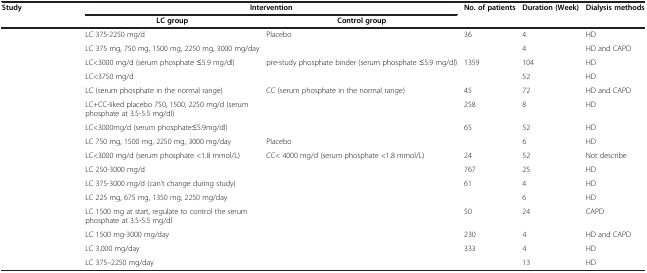
<table><thead><tr><td><b>Study</b></td><td colspan="2"><b>Intervention</b></td><td><b>No. of patients</b></td><td><b>Duration (Week)</b></td><td><b>Dialysis methods</b></td></tr><tr><td>[EMPTY_CELL]</td><td><b>LC group</b></td><td><b>Control group</b></td><td>[EMPTY_CELL]</td><td>[EMPTY_CELL]</td><td>[EMPTY_CELL]</td></tr></thead><tbody><tr><td>[EMPTY_CELL]</td><td>LC 375-2250 mg/d</td><td>Placebo</td><td>36</td><td>4</td><td>HD</td></tr><tr><td>[EMPTY_CELL]</td><td>LC 375 mg, 750 mg, 1500 mg, 2250 mg, 3000 mg/day</td><td>[EMPTY_CELL]</td><td>[EMPTY_CELL]</td><td>4</td><td>HD and CAPD</td></tr><tr><td>[EMPTY_CELL]</td><td>LC&lt;3000 mg/d (serum phosphate ≤5.9 mg/dl)</td><td>pre-study phosphate binder (serum phosphate ≤5.9 mg/dl)</td><td>1359</td><td>104</td><td>HD</td></tr><tr><td>[EMPTY_CELL]</td><td>LC&lt;3750 mg/d</td><td>[EMPTY_CELL]</td><td>[EMPTY_CELL]</td><td>52</td><td>HD</td></tr><tr><td>[EMPTY_CELL]</td><td>LC (serum phosphate in the normal range)</td><td>CC (serum phosphate in the normal range)</td><td>45</td><td>72</td><td>HD and CAPD</td></tr><tr><td>[EMPTY_CELL]</td><td>LC+CC-liked placebo 750, 1500, 2250 mg/d (serum phosphate at 3.5-5.5 mg/dl)</td><td>[EMPTY_CELL]</td><td>258</td><td>8</td><td>HD</td></tr><tr><td>[EMPTY_CELL]</td><td>LC&lt;3000mg/d (serum phosphate≤5.9mg/dl)</td><td>[EMPTY_CELL]</td><td>65</td><td>52</td><td>HD</td></tr><tr><td>[EMPTY_CELL]</td><td>LC 750 mg, 1500 mg, 2250 mg, 3000 mg/day</td><td>Placebo</td><td>[EMPTY_CELL]</td><td>6</td><td>HD</td></tr><tr><td>[EMPTY_CELL]</td><td>LC&lt;3000 mg/d (serum phosphate &lt;1.8 mmol/L)</td><td>CC&lt; 4000 mg/d (serum phosphate &lt;1.8 mmol/L)</td><td>24</td><td>52</td><td>Not describe</td></tr><tr><td>[EMPTY_CELL]</td><td>LC 250-3000 mg/d</td><td>[EMPTY_CELL]</td><td>767</td><td>25</td><td>HD</td></tr><tr><td>[EMPTY_CELL]</td><td>LC 375-3000 mg/d (can’t change during study)</td><td>[EMPTY_CELL]</td><td>61</td><td>4</td><td>HD</td></tr><tr><td>[EMPTY_CELL]</td><td>LC 225 mg, 675 mg, 1350 mg, 2250 mg/day</td><td>[EMPTY_CELL]</td><td>[EMPTY_CELL]</td><td>6</td><td>HD</td></tr><tr><td>[EMPTY_CELL]</td><td>LC 1500 mg at start, regulate to control the serum phosphate at 3.5-5.5 mg/dl</td><td>[EMPTY_CELL]</td><td>50</td><td>24</td><td>CAPD</td></tr><tr><td>[EMPTY_CELL]</td><td>LC 1500 mg-3000 mg/day</td><td>[EMPTY_CELL]</td><td>230</td><td>4</td><td>HD and CAPD</td></tr><tr><td>[EMPTY_CELL]</td><td>LC 3,000 mg/day</td><td>[EMPTY_CELL]</td><td>333</td><td>4</td><td>HD</td></tr><tr><td>[EMPTY_CELL]</td><td>LC 375–2250 mg/day</td><td>[EMPTY_CELL]</td><td>[EMPTY_CELL]</td><td>13</td><td>HD</td></tr></tbody></table>